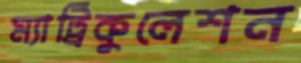
ম্যাট্রিকুলেশন